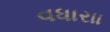
વધારાા